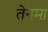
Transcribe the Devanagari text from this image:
तेनमा